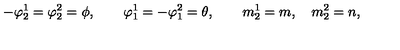
- \varphi _ { 2 } ^ { 1 } = \varphi _ { 2 } ^ { 2 } = \phi , \qquad \varphi _ { 1 } ^ { 1 } = - \varphi _ { 1 } ^ { 2 } = \theta , \qquad m _ { 2 } ^ { 1 } = m , \quad m _ { 2 } ^ { 2 } = n ,